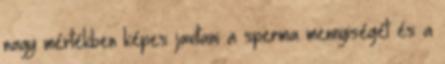
nagy mértékben képes javítani a sperma mennyiségét és a